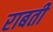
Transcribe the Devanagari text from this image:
राबती